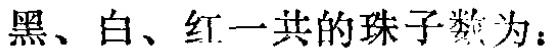
黑、白、红一共的珠子数为：